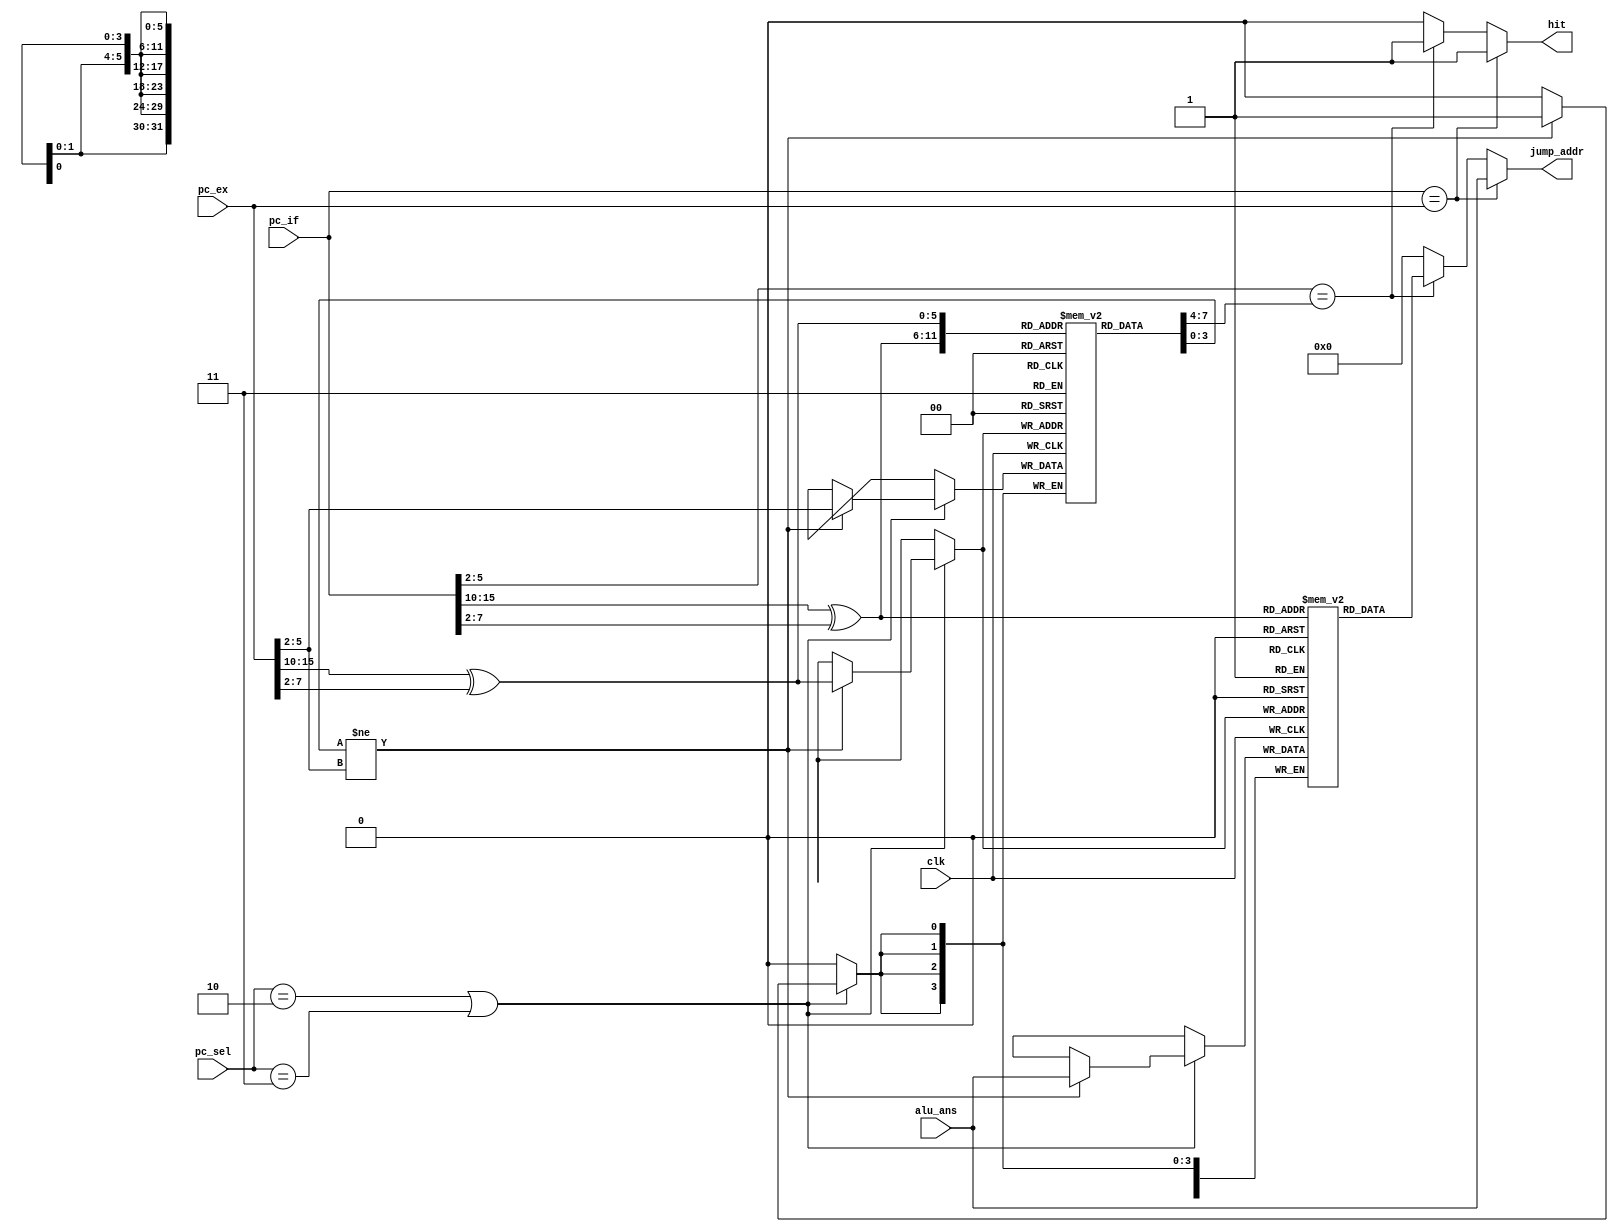
module BTB (
    input clk,
    input [31:0] pc_if,
    input [31:0] pc_ex,
    input [1:0] pc_sel,
    input [31:0] alu_ans,
    output reg hit,
    output reg [31:0] jump_addr
);
    wire [5:0] pc_if_hash, pc_ex_hash;
    wire [3:0] tag_if, tag_ex;
    reg [3:0] tag [0:63];
    reg [31:0] jat [0:63];  //jump addr table
    integer i=0;

    assign tag_if=pc_if[5:2];
    assign tag_ex=pc_ex[5:2];
    assign pc_if_hash=pc_if[15:10]^pc_if[7:2];
    assign pc_ex_hash=pc_ex[15:10]^pc_ex[7:2];

    initial begin
        for(i=0; i<64; i=i+1)begin
            tag[i]=4'h0;
            jat[i]=32'h0;
        end
    end

    always @(*) begin
        if(pc_if==pc_ex)begin
            hit=1;
            jump_addr=alu_ans;
        end
        else begin
            if(tag_if==tag[pc_if_hash])begin
                hit=1;
                jump_addr=jat[pc_if_hash];
            end
            else begin
                hit=0;
                jump_addr=0;
            end
        end
        
    end
    always @(posedge clk) begin
        if(pc_sel==2 || pc_sel==3)begin //jal, br
            if(tag[pc_ex_hash]!=tag_ex)begin
                jat[pc_ex_hash]<=alu_ans;
                tag[pc_ex_hash]<=tag_ex;
            end
        end
    end
endmodule